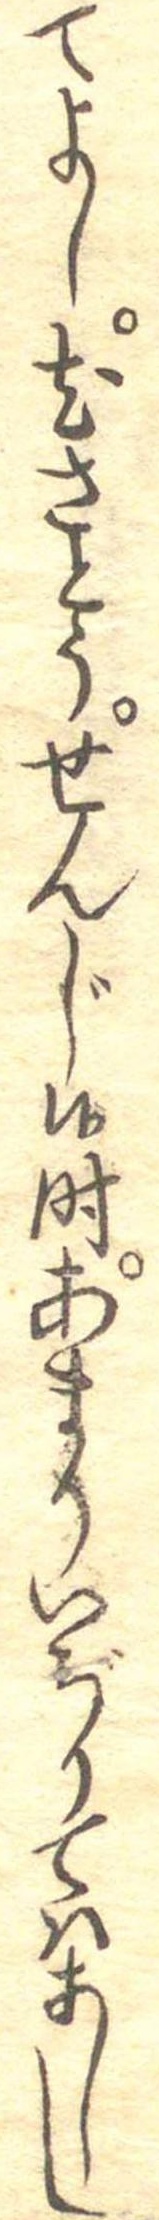
てよし其さとうせんじ候時あまりいぢりてはあしし